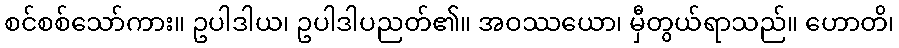
စင်စစ်သော်ကား။ ဥပါဒါယ၊ ဥပါဒါပညတ်၏။ အဝဿယော၊ မှီတွယ်ရာသည်။ ဟောတိ၊